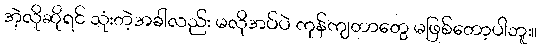
အဲ့လိုဆိုရင် သုံးတဲ့အခါလည်း မလိုအပ်ပဲ ကုန်ကျတာတွေ မဖြစ်တော့ပါဘူး။